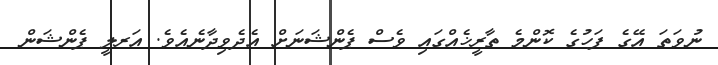
ނުވަތަ އޭގެ ފަހުގެ ކޮންމެ ތާރީޚެއްގައި ވެސް ޕެންޝަނަށް އެދެވިދާނެއެވެ. އަރލީ ޕެންޝަން